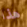
هذا